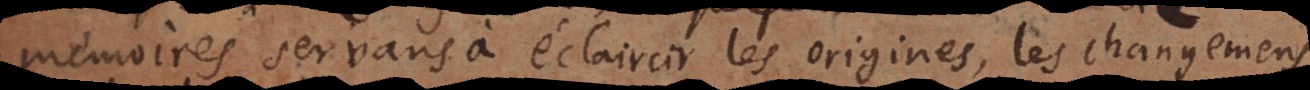
mémoires servans à éclaircir les origines, les changemens